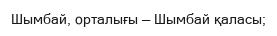
Шымбай, орталығы — Шымбай қаласы;